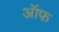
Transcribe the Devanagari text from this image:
ऑफ